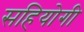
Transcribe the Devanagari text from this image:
सहियोगी